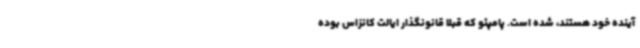
آینده خود هستند، شده است. پامپئو که قبلا قانونگذار ایالت کانزاس بوده